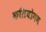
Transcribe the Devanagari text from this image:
कलियोगम